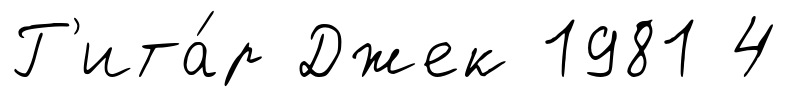
Г'ита́р Джек 1981 4